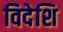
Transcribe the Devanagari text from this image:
विदेशि